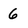
Character: 6